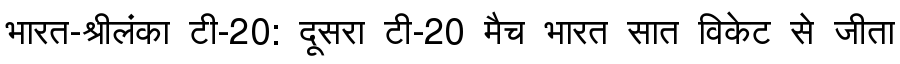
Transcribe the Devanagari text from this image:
भारत-श्रीलंका टी-20: दूसरा टी-20 मैच भारत सात विकेट से जीता